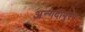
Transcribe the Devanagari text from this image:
अन्गदीपुरम